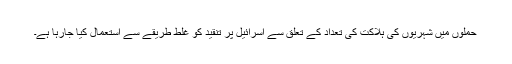
حملوں میں شہریوں کی ہلاکت کی تعداد کے تعلق سے اسرائیل پر تنقید کو غلط طریقے سے استعمال کیا جارہا ہے۔